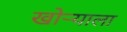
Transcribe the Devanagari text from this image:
खोऱ्याला